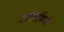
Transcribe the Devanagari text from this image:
टॉलेमियों